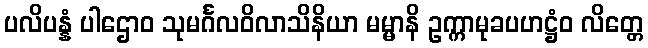
ပလိပန္နံ ပါဌောဝ သုမင်္ဂလဝိလာသိနိယာ မမ္မာနိ ဥက္ကာမုခပဟဋ္ဌံဝ လိတ္တေ